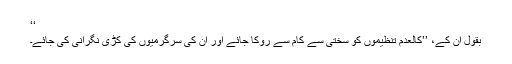
‘‘
بقول اُن کے، ’’کالعدم تنظیموں کو سختی سے کام سے روکا جائے اور اُن کی سرگرمیوں کی کڑی نگرانی کی جائے۔